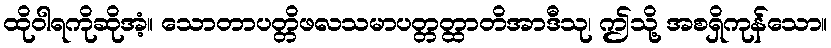
ထိုဝါရကိုဆိုအံ့။ သောတာပတ္တိဖလသမာပတ္တတ္ထာတိအာဒီသု၊ ဤသို့ အစရှိကုန်သော။